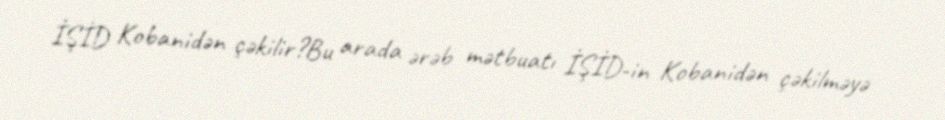
İŞİD Kobanidən çəkilir?Bu arada ərəb mətbuatı İŞİD-in Kobanidən çəkilməyə